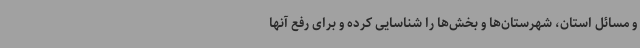
و مسائل استان، شهرستان‌ها و بخش‌ها را شناسایی کرده و برای رفع آنها